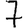
Digit: 7